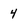
Character: 4